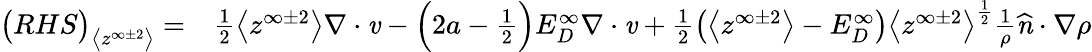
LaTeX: \begin{array}{rl}{\big(RHS\big)_{\big<z^{\infty\pm 2}\big>}=}&{{}\frac{1}{2}\big<z^{\infty\pm 2}\big>\mathbf{\nabla}\cdot\textbf{\emph{v}}-\Big(2a-\frac{1}{2}\Big)E_{D}^{\infty}\mathbf{\nabla}\cdot\textbf{\emph{v}}+\frac{1}{2}\big(\big<z^{\infty\pm 2}\big>-E_{D}^{\infty}\big)\big<z^{\infty\pm 2}\big>^{\frac{1}{2}}\frac{1}{\rho}\textbf{\emph{\^ n}}\cdot\mathbf{\nabla}\rho}\end{array}